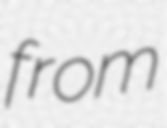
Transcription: from